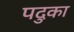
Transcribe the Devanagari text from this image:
पदुका